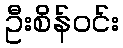
ဦးစိန်ဝင်း